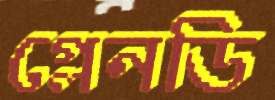
গ্লেনডি